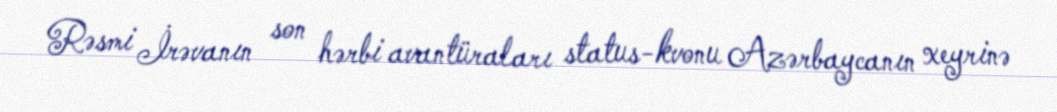
Rəsmi İrəvanın son hərbi avantüraları status-kvonu Azərbaycanın xeyrinə